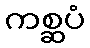
ကစ္ဆပံ